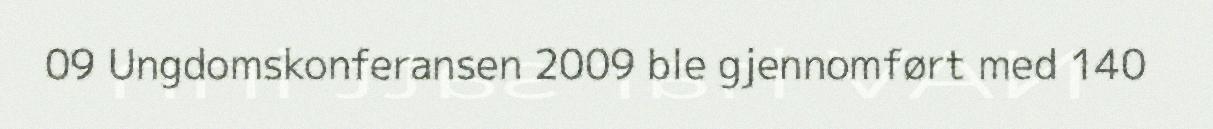
09 Ungdomskonferansen 2009 ble gjennomført med 140